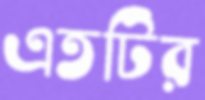
এতটির